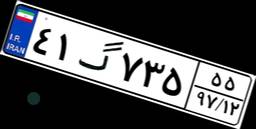
۴۱گ۷۳۵۵۵